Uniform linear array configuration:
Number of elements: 32
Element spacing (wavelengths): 0.5
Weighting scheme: kaiser
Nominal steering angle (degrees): -15
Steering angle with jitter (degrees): -16.751
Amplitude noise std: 0.05
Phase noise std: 0.05

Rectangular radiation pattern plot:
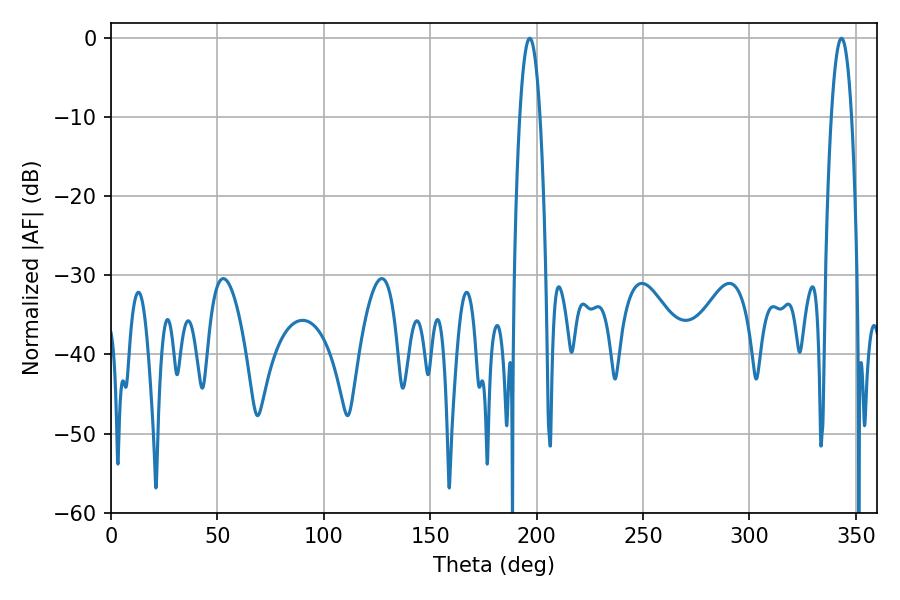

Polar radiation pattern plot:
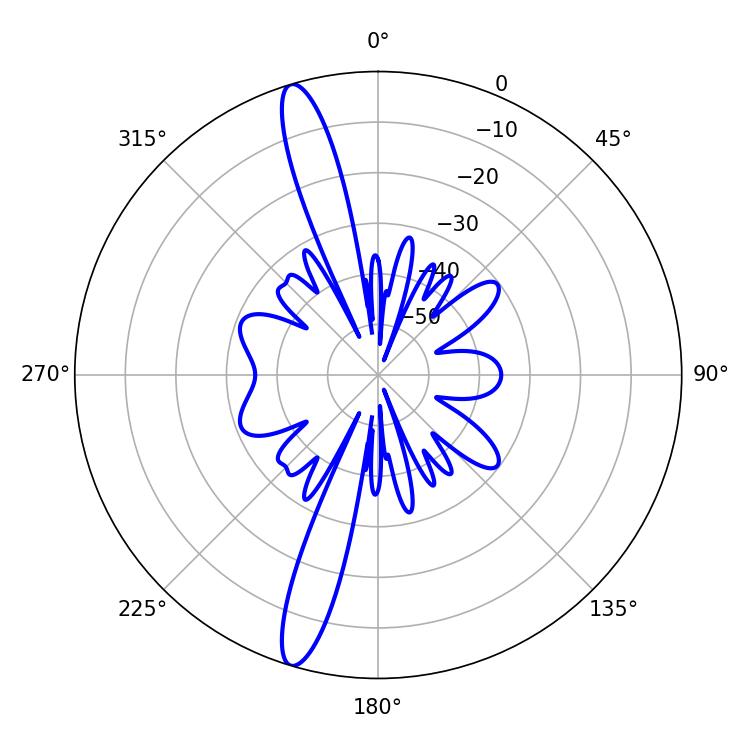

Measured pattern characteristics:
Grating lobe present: FALSE
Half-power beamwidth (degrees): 5.22
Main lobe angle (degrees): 196.74